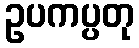
ဥပကပ္ပတု